Civil Veterinary Dept. Assam report 1911-1927 - 1911-1927
Year: 1911
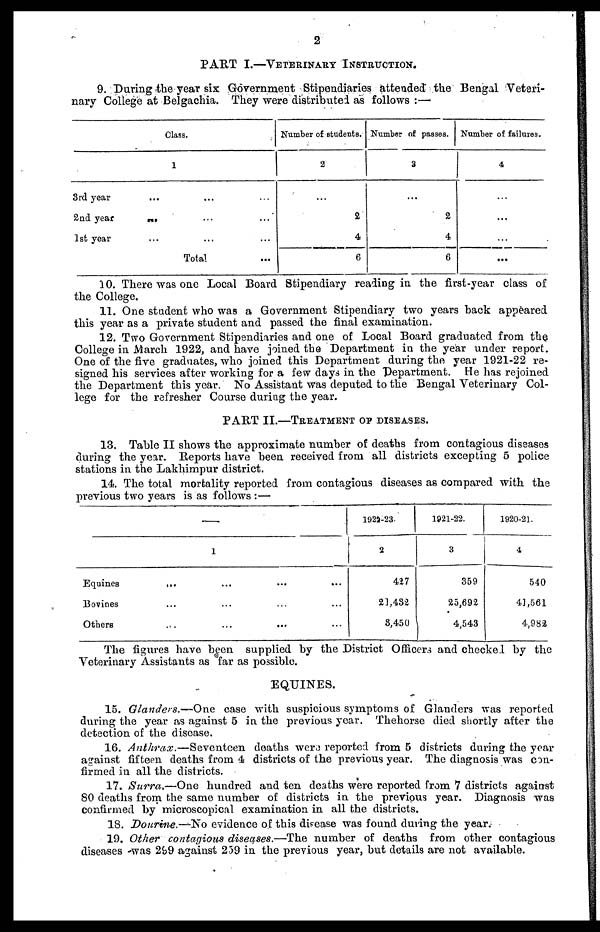
2
PART I.—VETERINARY INSTRUCTION.
9. During the year six Government Stipendiaries attended the Bengal Veteri-
nary College at Belgachia. They were distributed as follows:—
Class.
1
3rd
year
... ... ...
2nd year ... ... ...
1st year ... ... ...
Total ...
Number of students.
2
...
2
4
6
Number of passes.
3
...
2
4
6
Number of failures.
4
...
...
...
...
10. There was one Local Board Stipendiary reading in the first-year class of
the College.
11. One student who was a Government Stipendiary two years back appeared
this year as a private student and passed the final examination.
12. Two Government Stipendiaries and one of Local Board graduated from the
College in March 1922, and have joined the Department in the year under report.
One of the five graduates, who joined this Department during the year 1921-22 re-
signed his services after working for a few days in the Department. He has rejoined
the Department this year. No Assistant was deputed to the Bengal Veterinary Col-
lege for the refresher Course during the year.
PART II.—TREATMENT OF DISEASES.
13. Table II shows the approximate number of deaths from contagious diseases
during the year. Reports have been received from all districts excepting 5 police
stations in the Lakhimpur district.
14. The total mortality reported from contagious diseases as compared with the
previous two years is as follows:—
—
1
Equines ... ... ... ...
Bovines ... ... ... ...
Others ... ... ... ...
1922-23
2
427
21,432
8,450
1021-22.
3
359
25,692
4,543
1920-21.
4
540
41,561
4,982
The figures have been supplied by the District Officers and checked by the
Veterinary Assistants as far as possible.
EQUINES.
15. Glanders.—One.
case with suspicious symptoms of Glanders was reported
during the year as against 5 in the previous year. Thehorse died shortly after the
detection of the disease.
16. Anthrax.—Seventeen
deaths were reported from 5 districts during the year
against fifteen deaths from 4 districts of the previous year. The diagnosis was con-
firmed in all the districts.
17. Surra,—One
hundred and ten deaths were reported from 7 districts against
80 deaths from the same number of districts in the previous year. Diagnosis was
confirmed by microscopical examination in all the districts.
18. Dourine.—No evidence of this disease was found during the year.
19. Other contagious diseases.—The number of deaths from other contagious
diseases was 299 against 239 in the previous year, but details are not available.